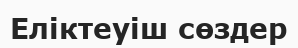
Еліктеуіш сөздер